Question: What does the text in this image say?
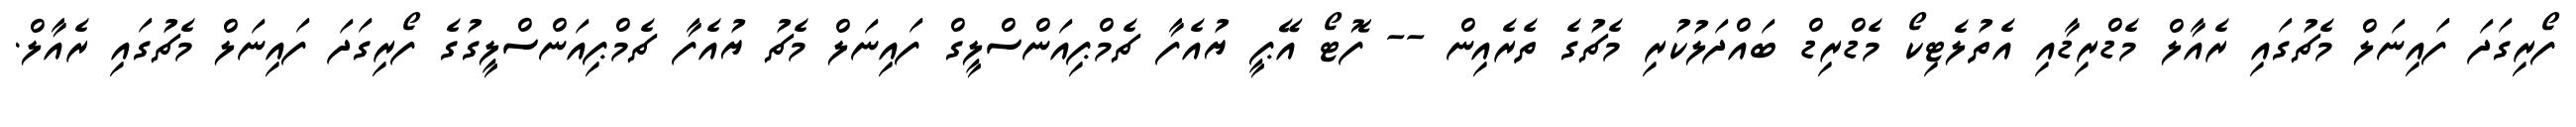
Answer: ފޯރިގަދަ ފައިނަލް މެޗުގައި ރެއާލް މެޑްރިޑާއި އެތުލެޓިކޯ މެޑްރިޑް ބައްދަލުކުރި މެޗުގެ ތެރެއިން -- ފޮޓޯ އޭޕީ ޔުއެފާ ޗެމްޕިއަންސްލީގް ފައިނަލް މެޗު ޔުއެފާ ޗެމްޕިއަންސްލީގުގެ ފޯރިގަދަ ފައިނަލް މެޗުގައި ރެއާލް.